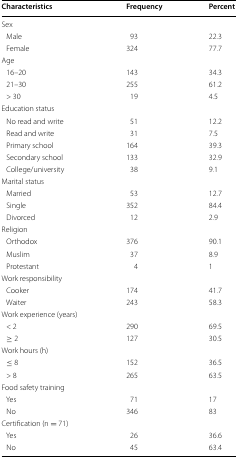
<table><thead><tr><td><b>Characteristics</b></td><td><b>Frequency</b></td><td><b>Percent</b></td></tr></thead><tbody><tr><td colspan="3">Sex</td></tr><tr><td> Male</td><td>93</td><td>22.3</td></tr><tr><td> Female</td><td>324</td><td>77.7</td></tr><tr><td colspan="3">Age</td></tr><tr><td> 16–20</td><td>143</td><td>34.3</td></tr><tr><td> 21–30</td><td>255</td><td>61.2</td></tr><tr><td> &gt; 30</td><td>19</td><td>4.5</td></tr><tr><td colspan="3">Education status</td></tr><tr><td> No read and write</td><td>51</td><td>12.2</td></tr><tr><td> Read and write</td><td>31</td><td>7.5</td></tr><tr><td> Primary school</td><td>164</td><td>39.3</td></tr><tr><td> Secondary school</td><td>133</td><td>32.9</td></tr><tr><td> College/university</td><td>38</td><td>9.1</td></tr><tr><td colspan="3">Marital status</td></tr><tr><td> Married</td><td>53</td><td>12.7</td></tr><tr><td> Single</td><td>352</td><td>84.4</td></tr><tr><td> Divorced</td><td>12</td><td>2.9</td></tr><tr><td colspan="3">Religion</td></tr><tr><td> Orthodox</td><td>376</td><td>90.1</td></tr><tr><td> Muslim</td><td>37</td><td>8.9</td></tr><tr><td> Protestant</td><td>4</td><td>1</td></tr><tr><td colspan="3">Work responsibility</td></tr><tr><td> Cooker</td><td>174</td><td>41.7</td></tr><tr><td> Waiter</td><td>243</td><td>58.3</td></tr><tr><td colspan="3">Work experience (years)</td></tr><tr><td> &lt; 2</td><td>290</td><td>69.5</td></tr><tr><td> ≥ 2</td><td>127</td><td>30.5</td></tr><tr><td colspan="3">Work hours (h)</td></tr><tr><td> ≤ 8</td><td>152</td><td>36.5</td></tr><tr><td> &gt; 8</td><td>265</td><td>63.5</td></tr><tr><td colspan="3">Food safety training</td></tr><tr><td> Yes</td><td>71</td><td>17</td></tr><tr><td> No</td><td>346</td><td>83</td></tr><tr><td colspan="3">Certification (n = 71)</td></tr><tr><td> Yes</td><td>26</td><td>36.6</td></tr><tr><td> No</td><td>45</td><td>63.4</td></tr></tbody></table>